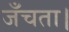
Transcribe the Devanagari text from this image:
जँचता।